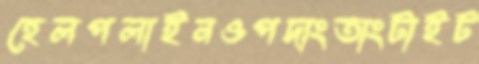
হেলপলাইনওপদাংতাংটাইট